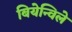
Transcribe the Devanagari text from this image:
बियेन्विले